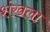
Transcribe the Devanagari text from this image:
शंखला